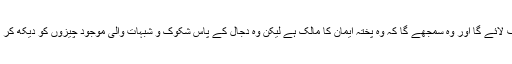
ایک شخص اس کے پاس تشریف لائے گا اور وہ سمجھے گا کہ وہ پختہ ایمان کا مالک ہے لیکن وہ دجال کے پاس شکوک و شبہات والی موجود چیزوں کو دیکھ کر اس کی پیروی کرنے لگے گا‘‘۔